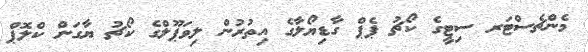
މެންޗެސްޓަރ ސިޓީގެ ކޯޗު ޕެޕް ގާޑިޔޯލާގެ އިތުރުން ލިވަޕޫލްގެ ކޯޗު ޔާގަން ކްލޮޕް